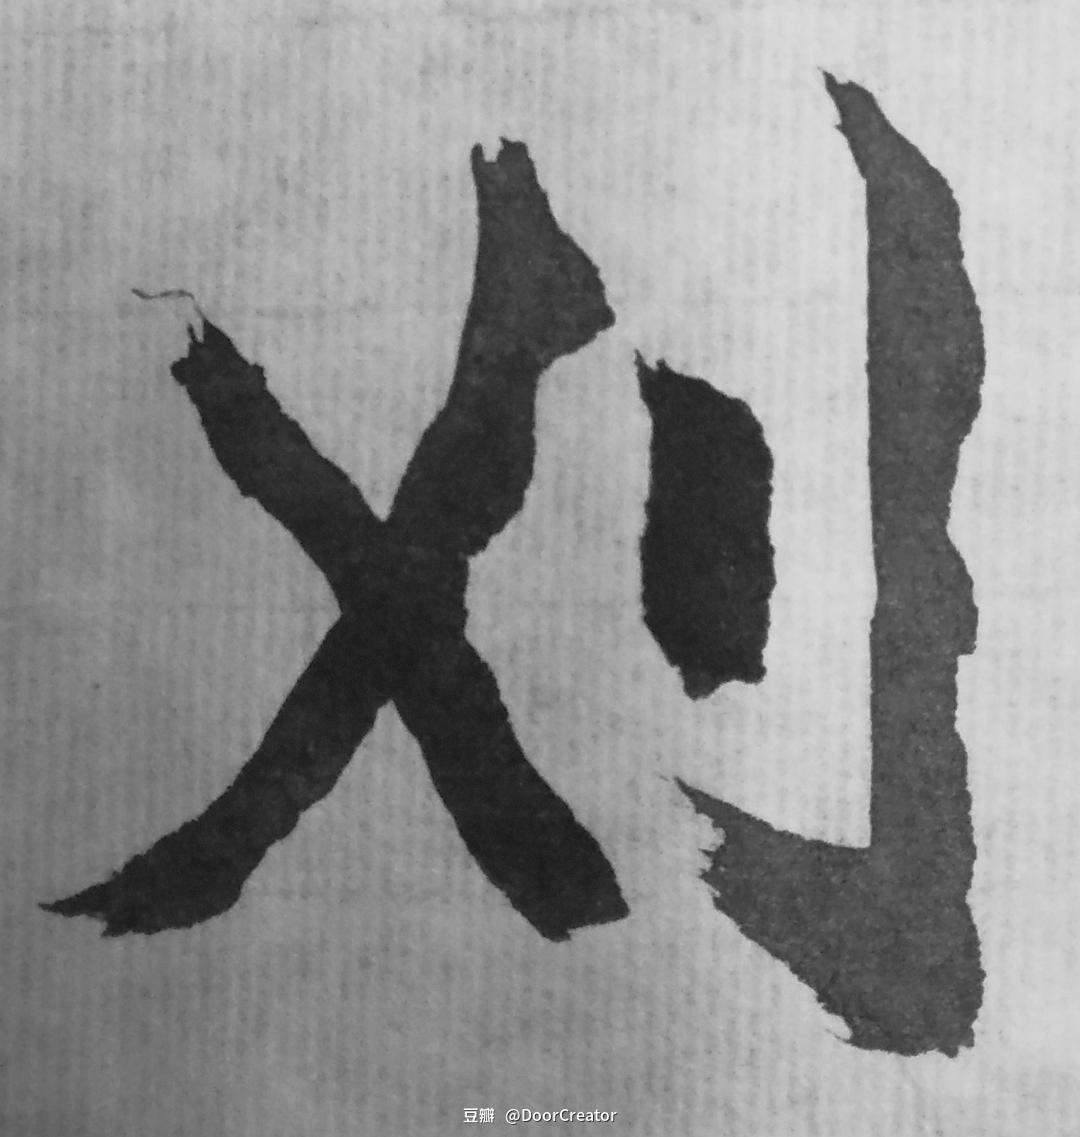
冀枝叶之峻茂兮，愿俟时乎吾将刈。